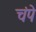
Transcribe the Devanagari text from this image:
चंपे